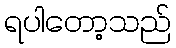
ရပါတော့သည်